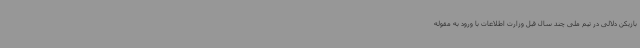
بازیکن دلالی در تیم ملی چند سال قبل وزارت اطلاعات با ورود به مقوله